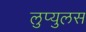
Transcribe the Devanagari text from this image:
लुप्युलस